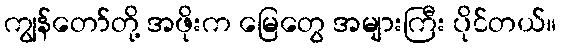
ကျွန်တော်တို့ အဖိုးက မြေတွေ အများကြီး ပိုင်တယ်။